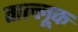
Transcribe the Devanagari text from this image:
ताल्लूक